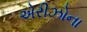
એરીઝોના